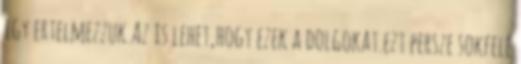
igy ertelmezzuk.Az is lehet,hogy ezek a dolgokat.ezt persze sokfele